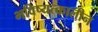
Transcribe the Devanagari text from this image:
भविष्यत्कालीन